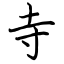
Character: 寺